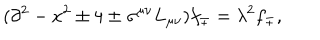
( \partial ^ { 2 } - x ^ { 2 } \pm 4 \pm \sigma ^ { \mu \nu } L _ { \mu \nu } ) f _ { \mp } = \lambda ^ { 2 } f _ { \mp } ,